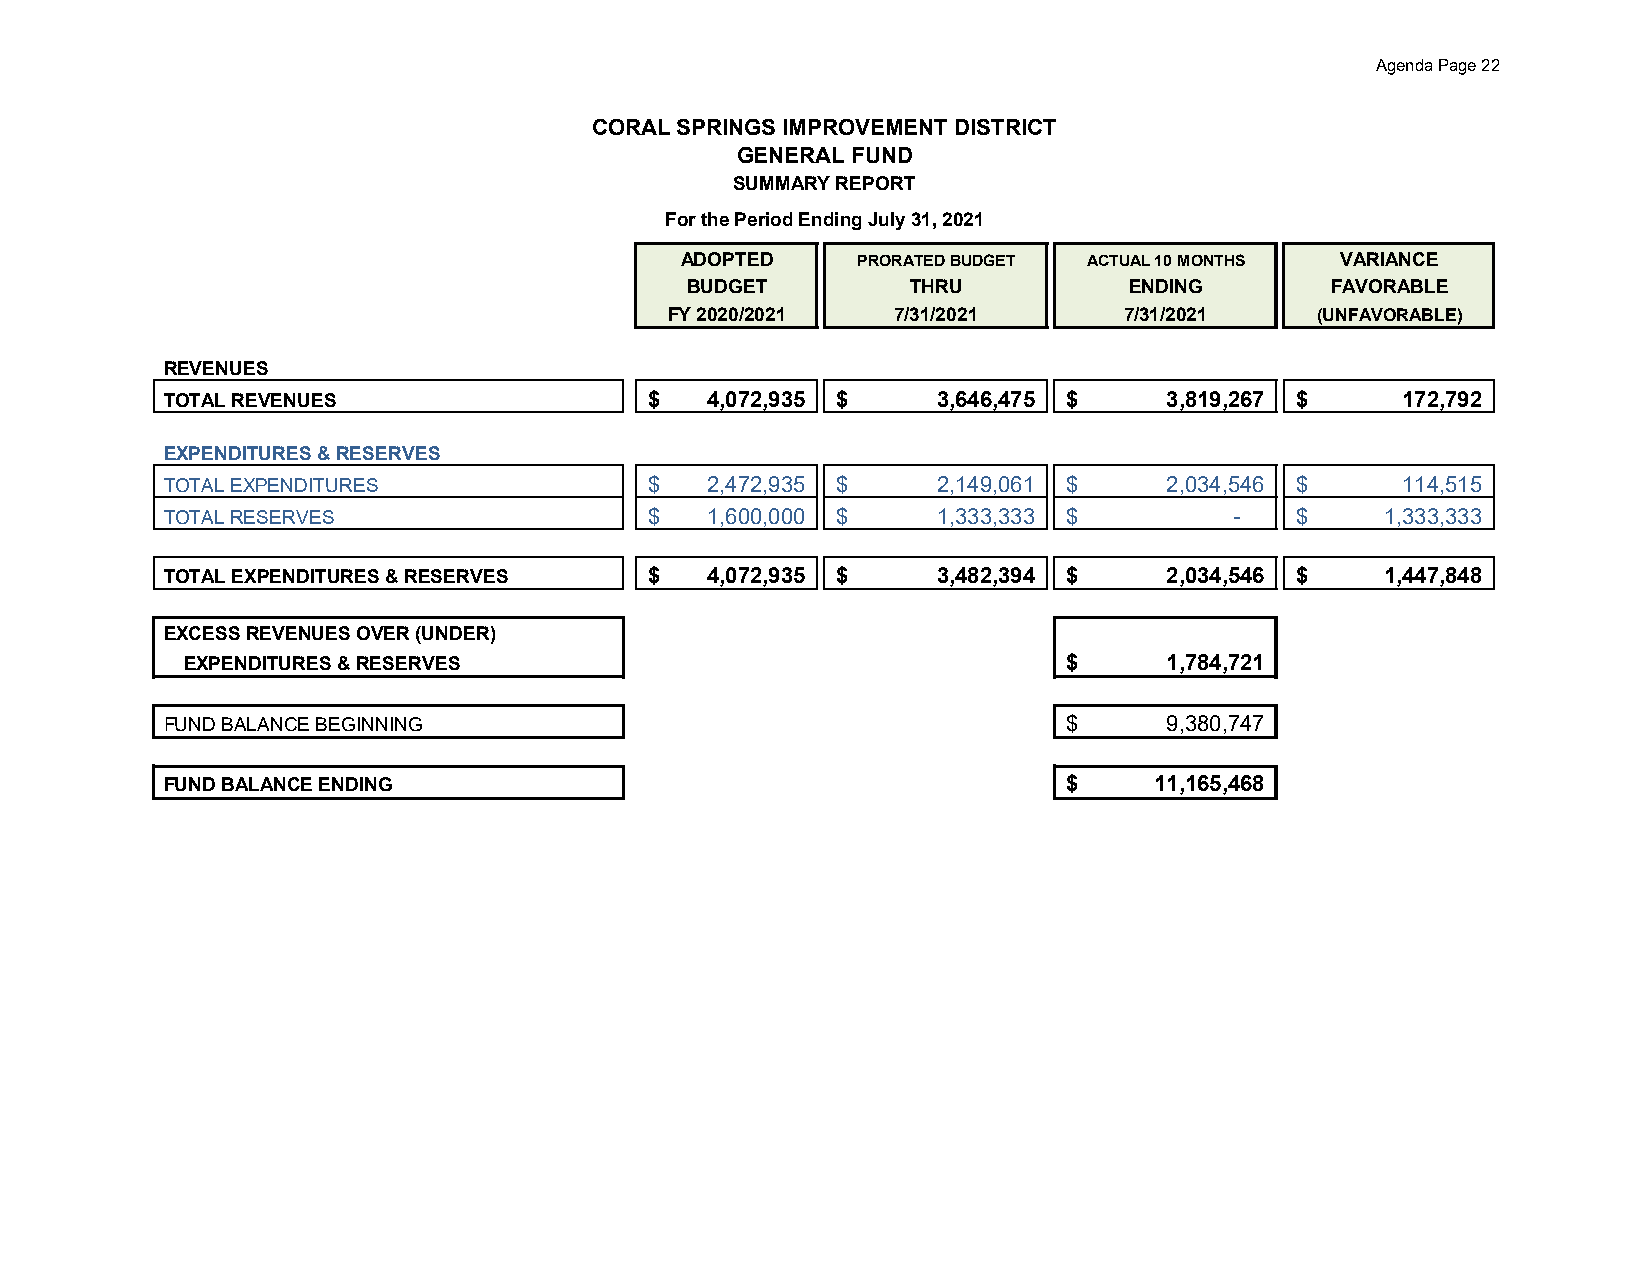
Agenda Page 22
 CORAL SPRINGS IMPROVEMENT DISTRICT
 GENERAL FUND
 SUMMARY REPORT
 For the Period Ending July 31, 2021
 _     I   _      I_      I _    I_        I   I   _
 ADOPTED    PRORATED BUDGET ACTUAL 10 MONTHS VARIANCE
 BUDGET         THRU          ENDING        FAVORABLE
 FY 2020/2021   7/31/2021      7/31/2021    (UNFAVORABLE)
 REVENUES
 ._____        _      __     ____. .__________.I .___I _ _____..___ _   _____..___ _  _____.
 TOTAL REVENUES                  $  4,072,935 $     3,646,475 $    3,819,267 $    172,792
 EXPENDITURES & RESERVES        t----------11---1 -1---1-         1---1
 TOTAL EXPENDITURES              $  2,472,935 $     2,149,061 $    2,034,546 $    114,515
 tTO-TA-L RE-SE-RVE-S --------t   $  1,600,000 $     1,333,333 $        -   $   --1-,33-3-,3-33I
 ~     -   -   -  ~      ~     ~     l  ~     I
 TOTAL EXPENDITURES & RESERVES   $  4,072,935 $ -3,4~82,394~ $ -2,0~34,546~ $ -1,44~7,848
 EXCESS REVENUES OVER (UNDER)
 EXPENDITURES & RESERVES                                   $      1,784,721
 FUND BALANCE BEGINNING                                     $      9,380,747
 FUND BALANCE ENDING                                        $     11,165,468